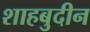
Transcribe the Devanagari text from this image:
शाहबुदीन